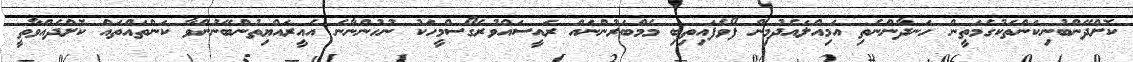
ކޮށްދޭންބުނިކަންތަކުގެމަތީން ހަނދާންނެތި އަމިއްލައެދުމިން ފޯވެފައިތިބި މެމްބަރުންނައް ރައީސައްވުރެގޯސްމީހަކު ނުހުންނާނެ އެއީރައްޔިތުންބޭނުންވާ ކަންތައްތައް ކޮށްދެއްވާތީ